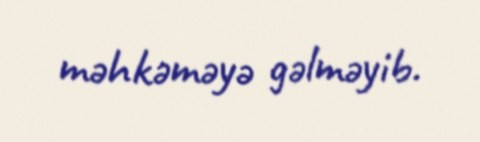
məhkəməyə gəlməyib.